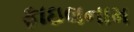
ફાઇલનામ